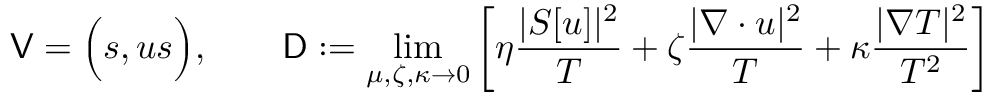
\mathsf { V } = \Big ( s , u s \Big ) , \qquad \mathsf { D } : = \operatorname* { l i m } _ { \mu , \zeta , \kappa \to 0 } \left[ \eta \frac { | S [ u ] | ^ { 2 } } { T } + \zeta \frac { | \nabla \cdot u | ^ { 2 } } { T } + \kappa \frac { | \nabla T | ^ { 2 } } { T ^ { 2 } } \right]